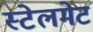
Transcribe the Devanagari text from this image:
स्टेलमेट